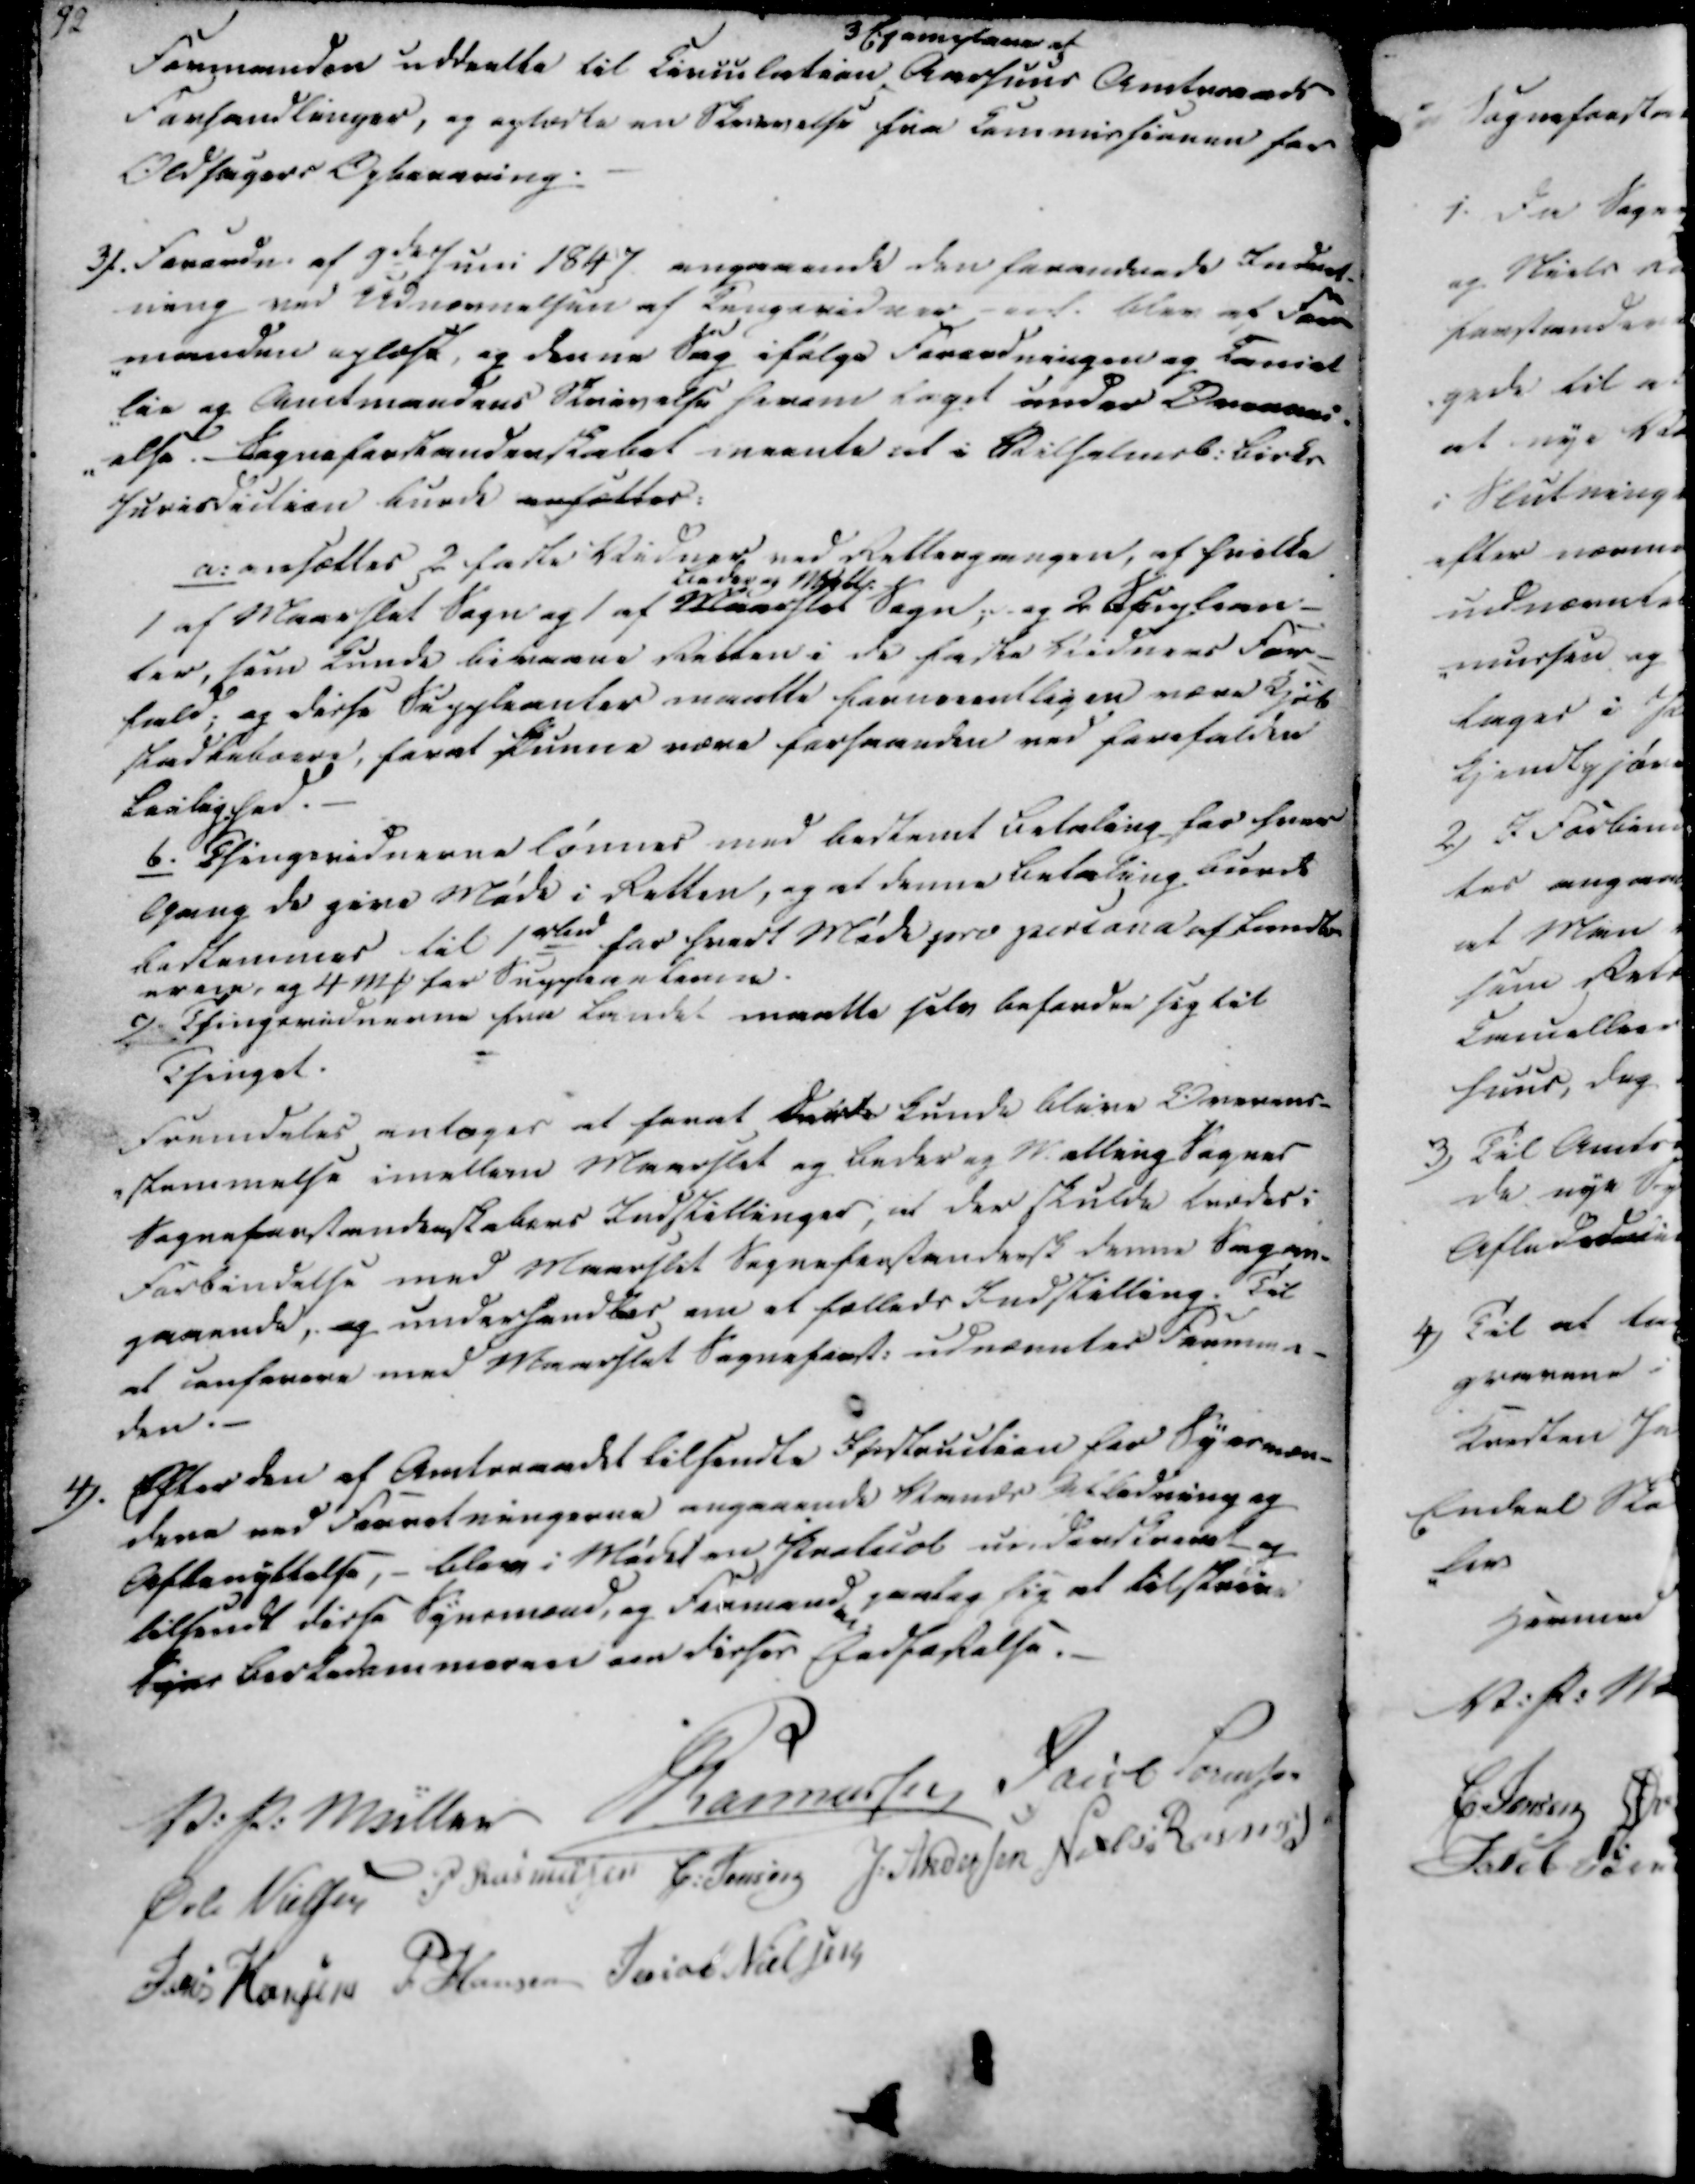
Transskription:
Formanden uddeelte til Circulation
3 Exemplarer af
Aarhuus Amtsraads
Forhandlinger, og oplæste en Skrivelse fra Commissionen for
Oldsagers Opbevaring.

3). Forordn. af 9de Juni 1847 angaaende den forandrede Indret-
ning ved Udnævnelsen af Tingsvidner ved blev af For-
-manden oplæst, og denne Sag ifølge Forordningen og Cancel
-lie og Amtmandens Skrivelse herom taget under Overvei-
-else. Sogneforstanderskabet meente at i Rilselmst. Birks
Jurisdiction kunde ansættes:

a: ansættes 2 faste Vidner ved Rettergangen, af hvilke
1 af Maarslet
Beder og Mall.
Sogn; og 2 Speplean-
ter, som kunde bivaane Retten i de faste Vidners For-
fald; og disse Suppleanter maatte formeentligen være Kjøb
stadbeboere, forat kunne være forhaanden ved forefalden
Leilighed.
b. Thingsvidnerne lønnes med bestemt Betaling for hver
Gang de give Møde i Retten, og at denne Betaling burde
bestemmes til 1stend for hvert Møde pro persona af Landb-
eren, og 4 mk for Suppleanterne.
c). Thingsvidnerne fra Landet maatte selv befordre sig til
Thinget.

Fremdeles antages at forat derde kunde blive Overens-
-stemmelse imellem Maarslet og Beder og Malling Sognes
Sogneforstanderskabers Indstillinger, at der skulde trædes i
Forbindelse med Maarslet Sogneforstandersk denne Sag an-
gaaende, og underhandles om et fælleds Indstilling. Til
at anførere med Maarslet Sogneforst. udnævntes Forman-
den.

4).

Efter den af Amtsraadet tilsendte Instruction for Synsmæn-
dene ved Forretningerne angaaende Vands Afledning og
Afbenyttelse, - blev i Mødet en Protocol underskrevet og
tilsendt disse Synsmænd, og Formand
en
paatog sig at tilskrive
Syns Birkedommeren om disses Pedtadtelse.

V. P. Müller
Rasmussen
Jacob Sørensen
Øvle Nielsen
P Rasmussen
C. Jensen
J. Andersen
Niels Rasmus
Jens Hansen
P. Hansen
Jacob Nielsen